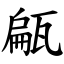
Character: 甂